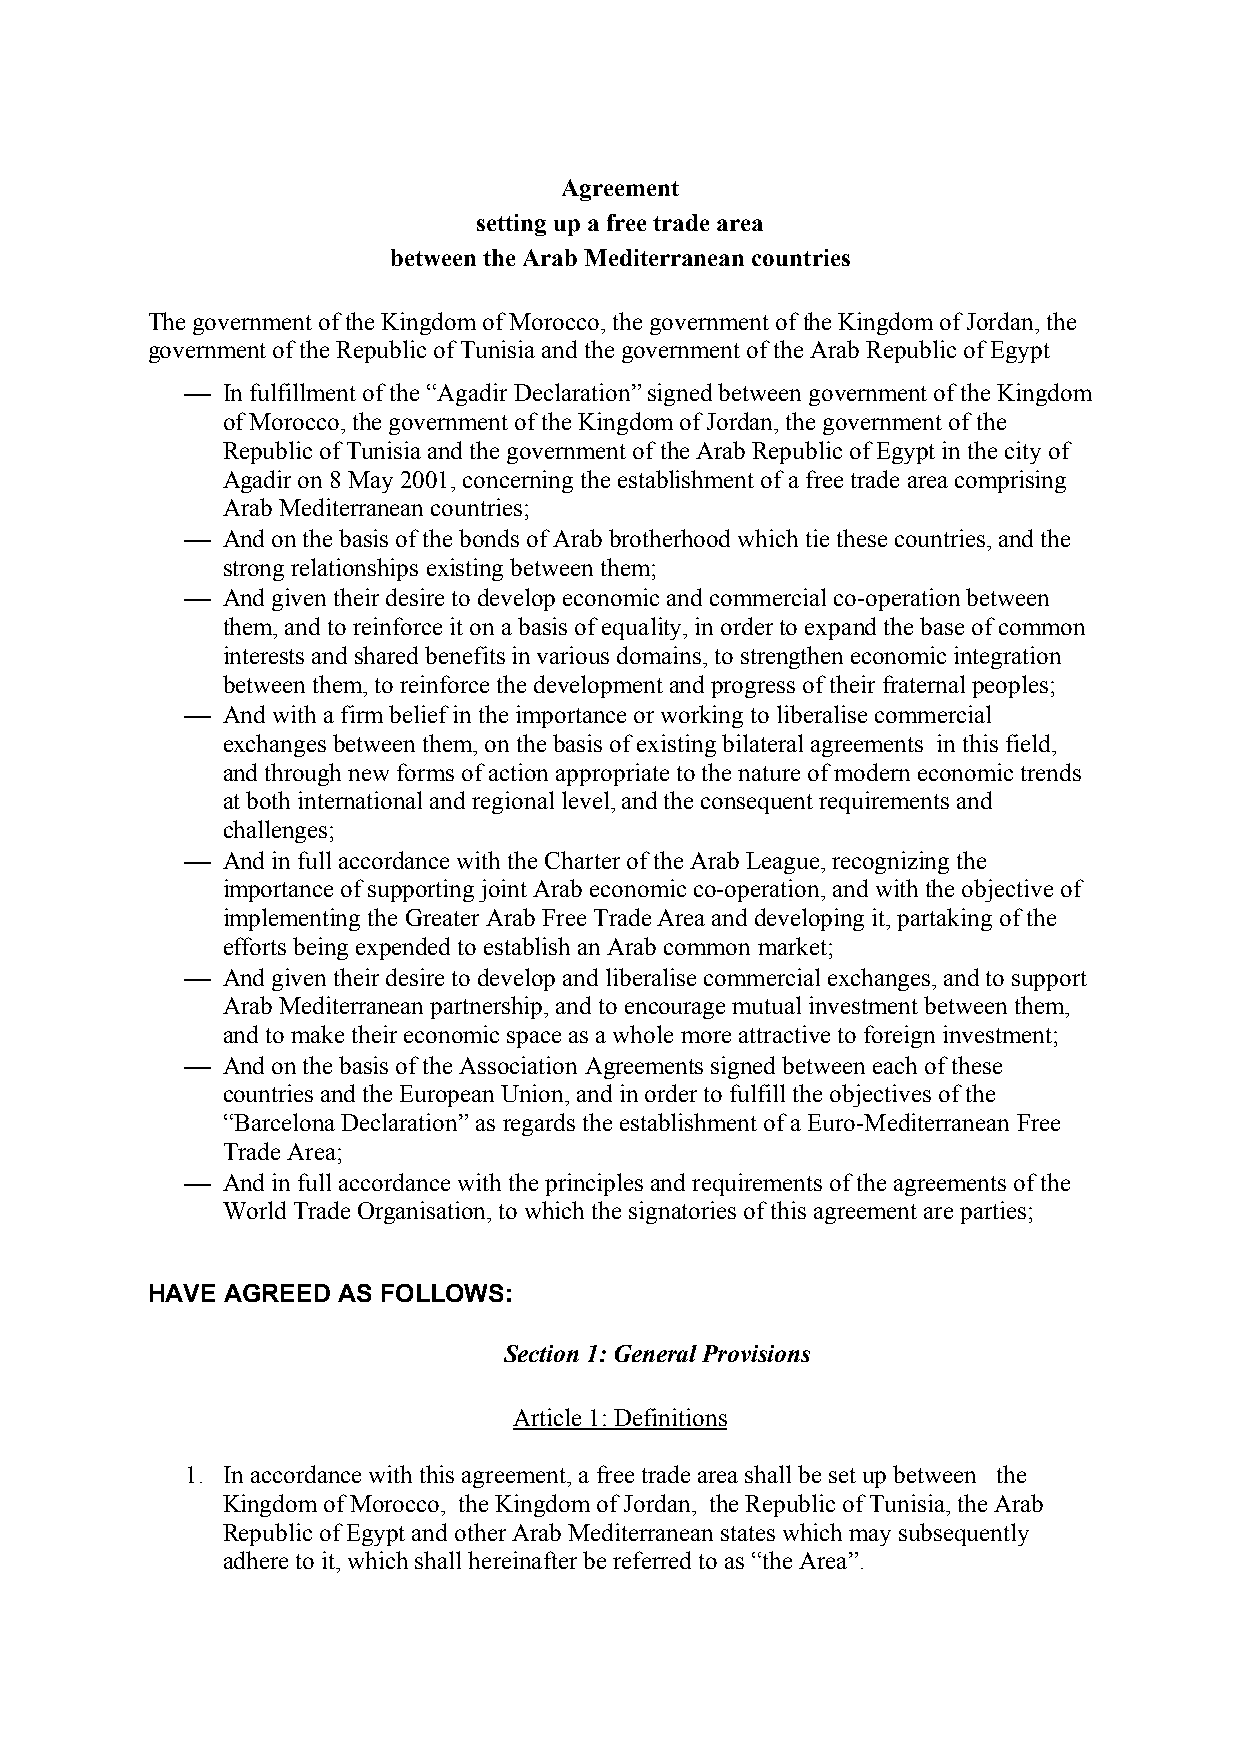
Agreement
 setting up a free trade area
 between the Arab Mediterranean countries
 The government of the Kingdom of Morocco, the government of the Kingdom of Jordan, the
 government of the Republic of Tunisia and the government of the Arab Republic of Egypt
 !  In fulfillment of the “Agadir Declaration” signed between government of the Kingdom
 of Morocco, the government of the Kingdom of Jordan, the government of the
 Republic of Tunisia and the government of the Arab Republic of Egypt in the city of
 Agadir on 8 May 2001, concerning the establishment of a free trade area comprising
 Arab Mediterranean countries;
 !  And on the basis of the bonds of Arab brotherhood which tie these countries, and the
 strong relationships existing between them;
 !  And given their desire to develop economic and commercial co-operation between
 them, and to reinforce it on a basis of equality, in order to expand the base of common
 interests and shared benefits in various domains, to strengthen economic integration
 between them, to reinforce the development and progress of their fraternal peoples;
 !  And with a firm belief in the importance or working to liberalise commercial
 exchanges between them, on the basis of existing bilateral agreements in this field,
 and through new forms of action appropriate to the nature of modern economic trends
 at both international and regional level, and the consequent requirements and
 challenges;
 !  And in full accordance with the Charter of the Arab League, recognizing the
 importance of supporting joint Arab economic co-operation, and with the objective of
 implementing the Greater Arab Free Trade Area and developing it, partaking of the
 efforts being expended to establish an Arab common market;
 !  And given their desire to develop and liberalise commercial exchanges, and to support
 Arab Mediterranean partnership, and to encourage mutual investment between them,
 and to make their economic space as a whole more attractive to foreign investment;
 !  And on the basis of the Association Agreements signed between each of these
 countries and the European Union, and in order to fulfill the objectives of the
 “Barcelona Declaration” as regards the establishment of a Euro-Mediterranean Free
 Trade Area;
 !  And in full accordance with the principles and requirements of the agreements of the
 World Trade Organisation, to which the signatories of this agreement are parties;
 HAVE AGREED AS FOLLOWS:
 Section 1: General Provisions
 Article 1: Definitions
 1. In accordance with this agreement, a free trade area shall be set up between the
 Kingdom of Morocco, the Kingdom of Jordan, the Republic of Tunisia, the Arab
 Republic of Egypt and other Arab Mediterranean states which may subsequently
 adhere to it, which shall hereinafter be referred to as “the Area”.